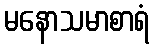
မနောသမာစာရံ